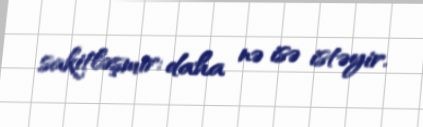
sakitləşmir: daha nə isə istəyir.